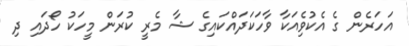
އަހަރެން ގެ އެކުވެިއަކާ ވާހަކަދައްކައިގެ ޝާ މެރީ ކުރަން މީހަކު ހޯދައި ދި